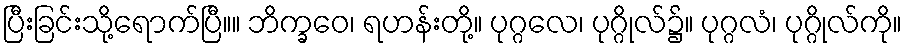
ပြီးခြင်းသို့ရောက်ပြီ။။ ဘိက္ခဝေ၊ ရဟန်းတို့။ ပုဂ္ဂလေ၊ ပုဂ္ဂိုလ်၌။ ပုဂ္ဂလံ၊ ပုဂ္ဂိုလ်ကို။